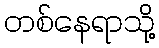
တစ်နေရာသို့